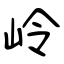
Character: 岭